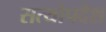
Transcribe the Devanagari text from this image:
सत्योपदेश